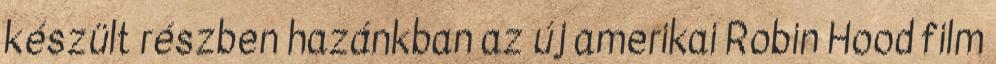
készült részben hazánkban az új amerikai Robin Hood film